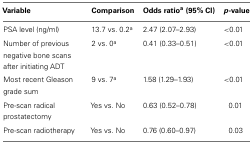
<table><thead><tr><td><b>Variable</b></td><td><b>Comparison</b></td><td><b>Odds ratio<sup>a</sup> (95% CI)</b></td><td><b><i>p</i>-value</b></td></tr></thead><tbody><tr><td>PSA level (ng/ml)</td><td>13.7 vs. 0.2<sup>a</sup></td><td>2.47 (2.07–2.93)</td><td>&lt;0.01</td></tr><tr><td>Number of previous negative bone scans after initiating ADT</td><td>2 vs. 0<sup>a</sup></td><td>0.41 (0.33–0.51)</td><td>&lt;0.01</td></tr><tr><td>Most recent Gleason grade sum</td><td>9 vs. 7<sup>a</sup></td><td>1.58 (1.29–1.93)</td><td>&lt;0.01</td></tr><tr><td>Pre-scan radical prostatectomy</td><td>Yes vs. No</td><td>0.63 (0.52–0.78)</td><td>0.01</td></tr><tr><td>Pre-scan radiotherapy</td><td>Yes vs. No</td><td>0.76 (0.60–0.97)</td><td>0.03</td></tr></tbody></table>